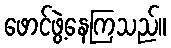
ဖောင်ဖွဲ့နေကြသည်။